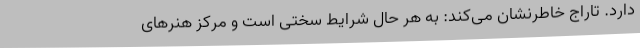
دارد. تاراج خاطرنشان می‌کند: به هر حال شرایط سختی است و مرکز هنرهای